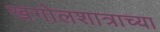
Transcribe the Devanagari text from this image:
खगोलशात्राच्या